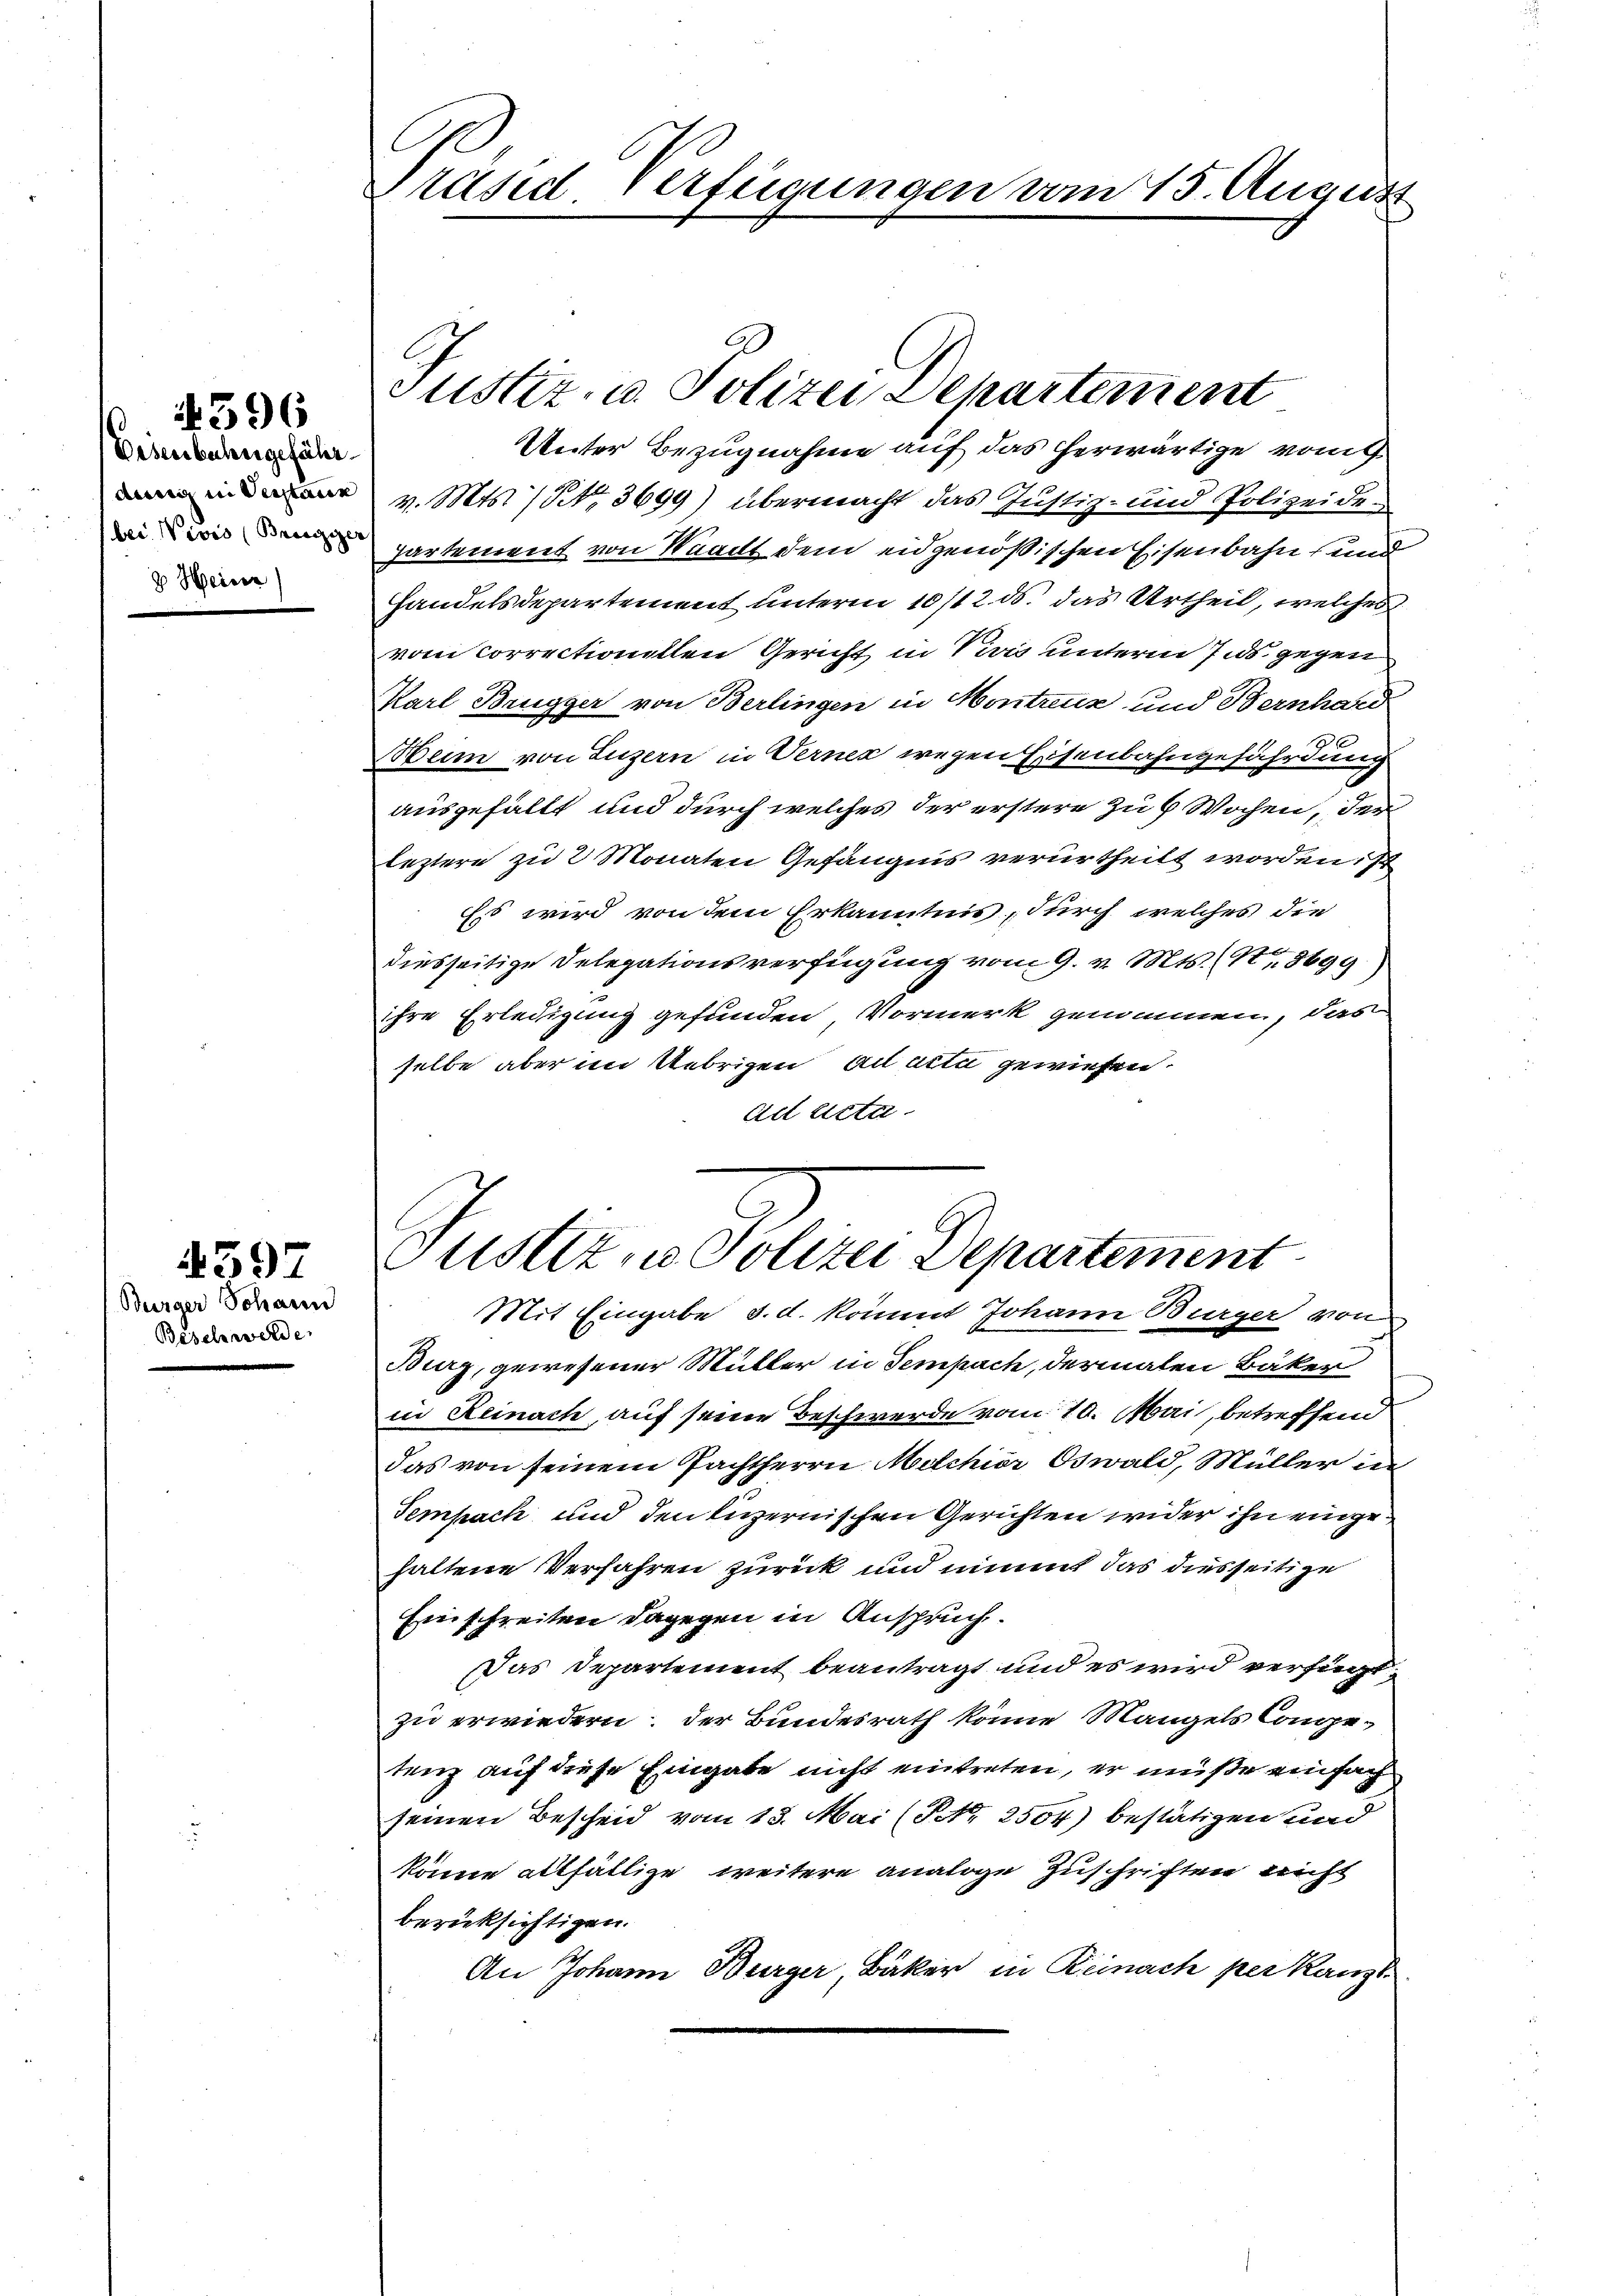
Eisenbahngefährdung in Verstaun
g Heiser

Burger Johann
Beschwerde

4397

396

Präsid. Verfügungen vom 15. August

Justiz- u. Polizei Departement

Unter Bezugnahme auf das herwärtige vom
v. Mts. (§ 3699) übermacht das Justiz- und Polizeidepartement von Waadt dem eidgenößischen Eisenbahn und
Handelsdepartement unterm 10/12 ds. das Urtheil, welches
vom Correctionellen Gericht in Vivis unterm 7. ds. gegen
Karl Brugger von Berlingen in Montreuz und Bernhard
Abeim von Luzern in Verner wegen Eisenbahngefährdung
ausgefällt und durch welches der erstere zu 6 Wochen, der
leztere zu 2 Monaten Gefängnis verurtheilt worden ist
Es wird von dem Erkanntnis, durch welches die
diesseitige Delegationsverfügung vom 9. v. Mts. (N. 8699)
ihre Erledigung gefunden Vormerk genommen, das
selbe aber im Uebrigen an alle gewiesen.
Ad Acta.

Justiz, Polizei Departement
Mit Eingabe d. d. kommt Johann Burger von

Burg, gewesener Müller in Sempach, dermalen Bäker
in Reinach, auf seine Beschwerde vom 10. Mai, betreffend
das von seinem Pachtherrn Melchior Oswald, Müller in
Sempach und den luzernischen Gerichten wider ihn einge
haltene Verfahren zurück und nimmt das diesseitige
Einschreiten dagegen in Anspruch.
Das Departement beantragt und es wird verfügt,
zu erwiedern der Bundesrath könne Mangels Competenz auf diese Eingabe nicht eintreten, er müße einfach
seinen Bescheid vom 13. Mai (Nr. 2504) bestätigen und
könne allfällige weitere analoge Zuschriften nicht
berücksichtigen.
An Johann Bürger, Bäker in Reinach per Kanzl